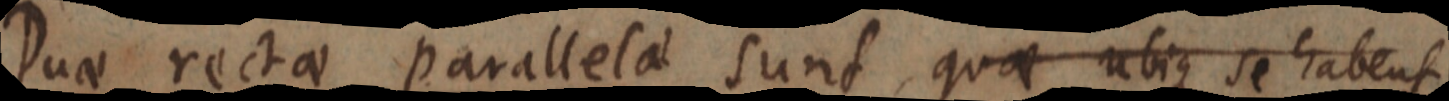
Duae rectae parallela sunt, quae ubique se habent